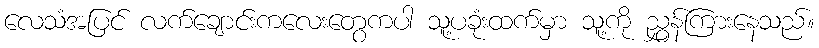
လေသံအပြင် လက်ချောင်းကလေးတွေကပါ သူ့ပခုံးထက်မှာ သူ့ကို ညွှန်ကြားနေသည်။